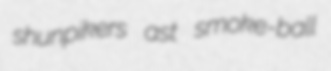
shunpikers ast smoke-ball